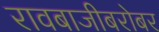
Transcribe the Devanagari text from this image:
रावबाजीबरोबर